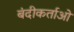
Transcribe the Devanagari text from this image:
बंदीकर्ताओं